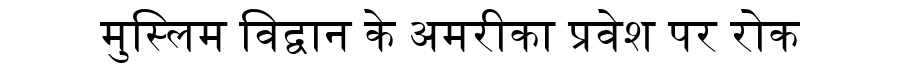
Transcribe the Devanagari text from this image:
मुस्लिम विद्वान के अमरीका प्रवेश पर रोक